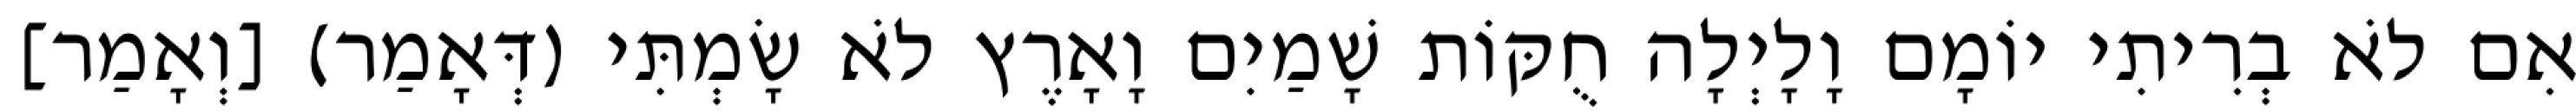
אִם לֹא בְרִיתִי יוֹמָם וָלָיְלָה חֻקּוֹת שָׁמַיִם וָאָרֶץ לֹא שָׂמְתִּי (דְּאָמַר) [וְאָמַר]